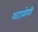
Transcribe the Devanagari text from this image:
शाउबोगी